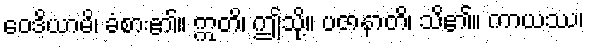
ဝေဒိယာမိ၊ ခံစား၏။ ဣတိ၊ ဤသို့။ ပဇာနာတိ၊ သိ၏။ ကာယဿ၊